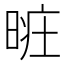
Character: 𣈐